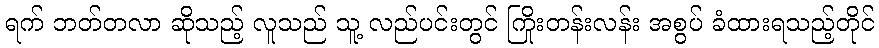
ရက် ဘတ်တလာ ဆိုသည့် လူသည် သူ့ လည်ပင်းတွင် ကြိုးတန်းလန်း အစွပ် ခံထားရသည့်တိုင်